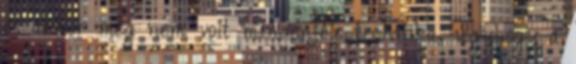
és akkor még nem volt mindenféle technika, úgyhogy a